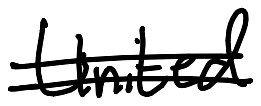
Text: United
Cross-out: double-line
Writing tool: digital_black